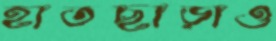
হাতছাড়াও